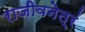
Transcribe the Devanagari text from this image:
राजीवनेत्रं